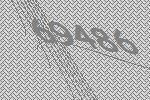
69486